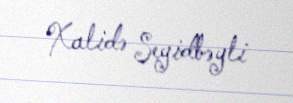
Xalidə Seyidbəyli